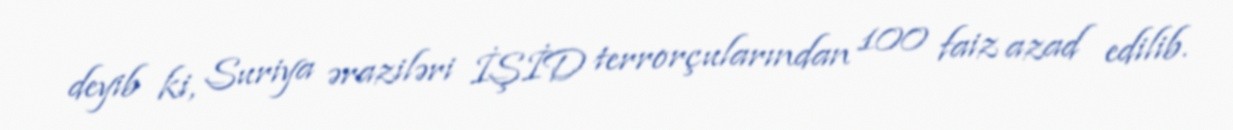
deyib ki, Suriya əraziləri İŞİD terrorçularından 100 faiz azad edilib.